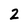
Character: 2